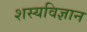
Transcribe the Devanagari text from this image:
शस्यविज्ञान